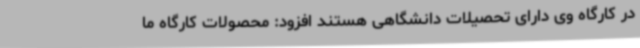
در کارگاه وی دارای تحصیلات دانشگاهی هستند افزود: محصولات کارگاه ما